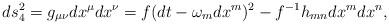
LaTeX: \begin{align*}ds_4^2 = g_{\mu \nu}dx^{\mu}dx^{\nu} = f(dt - \omega _mdx^m)^2 -f^{-1}h_{mn}dx^mdx^n,\end{align*}